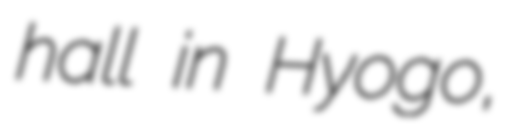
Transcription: hall in Hyogo,